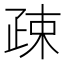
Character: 疎